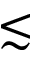
\lesssim